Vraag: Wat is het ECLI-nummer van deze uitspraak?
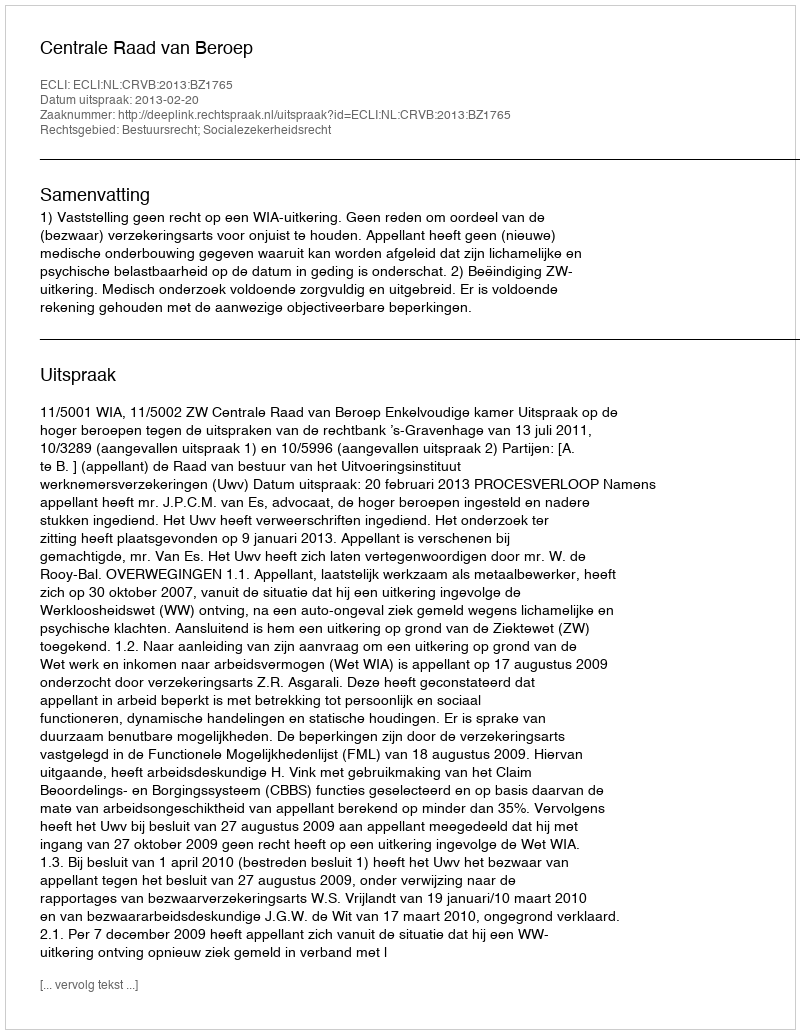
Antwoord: ECLI:NL:CRVB:2013:BZ1765